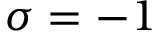
\sigma = - 1